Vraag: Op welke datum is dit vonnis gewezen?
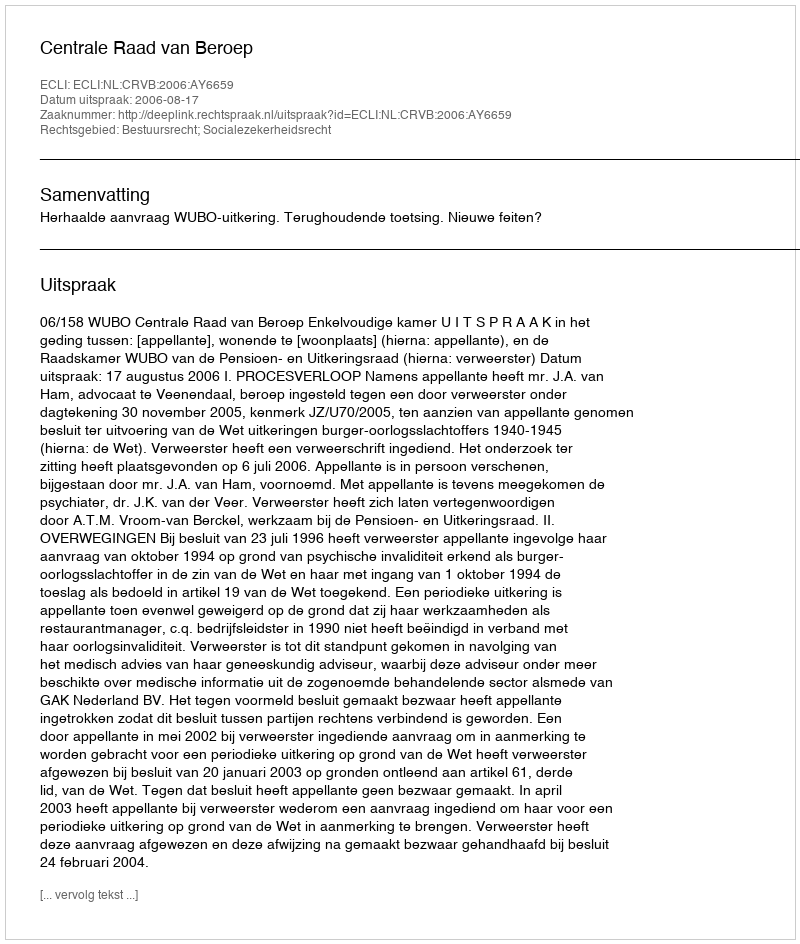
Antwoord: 2006-08-17